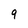
Character: 9